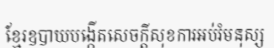
ខ្មែរឧបាយបង្កើតសេចក្តីសុខការអប់រំមនុស្ស